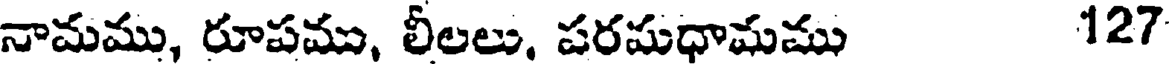
నామము, రూపము, లీలలు, పరమధామము 127